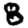
Digit: 8